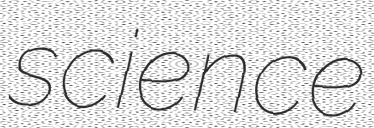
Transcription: science